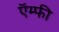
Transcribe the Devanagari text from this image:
ऍम्‍फी